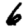
Digit: 6